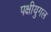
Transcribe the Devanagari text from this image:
पक्षीयुगल